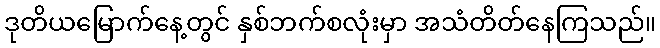
ဒုတိယမြောက်နေ့တွင် နှစ်ဘက်စလုံးမှာ အသံတိတ်နေကြသည်။